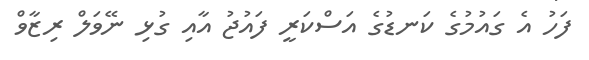
ފަހު އެ ގައުމުގެ ކަނޑުގެ އަސްކަރީ ފައުޖު އާއި ގުޅި ނޭވަލް ރިޒާވް